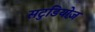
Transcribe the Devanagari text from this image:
सटुडियोज़